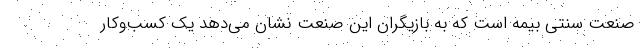
صنعت سنتی بیمه است که به بازیگران این صنعت نشان می‌دهد یک کسب‌وکار